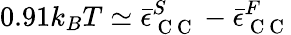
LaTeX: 0.91k_{B}T\simeq\bar{\epsilon}_{\mathrm{~C~C~}}^{S}-\bar{\epsilon}_{\mathrm{~C~C~}}^{F}